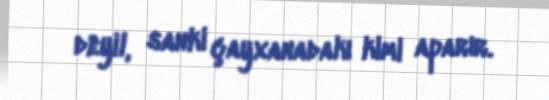
deyil, sanki çayxanadakı kimi aparır.